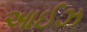
આઈઝ